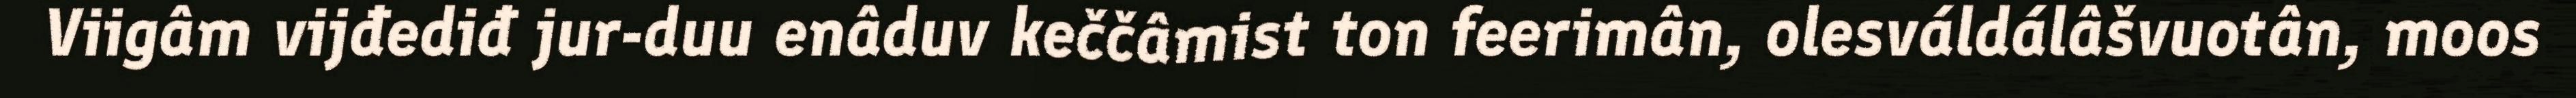
Viigâm vijđediđ jur-duu enâduv keččâmist ton feerimân, olesváldálâšvuotân, moos